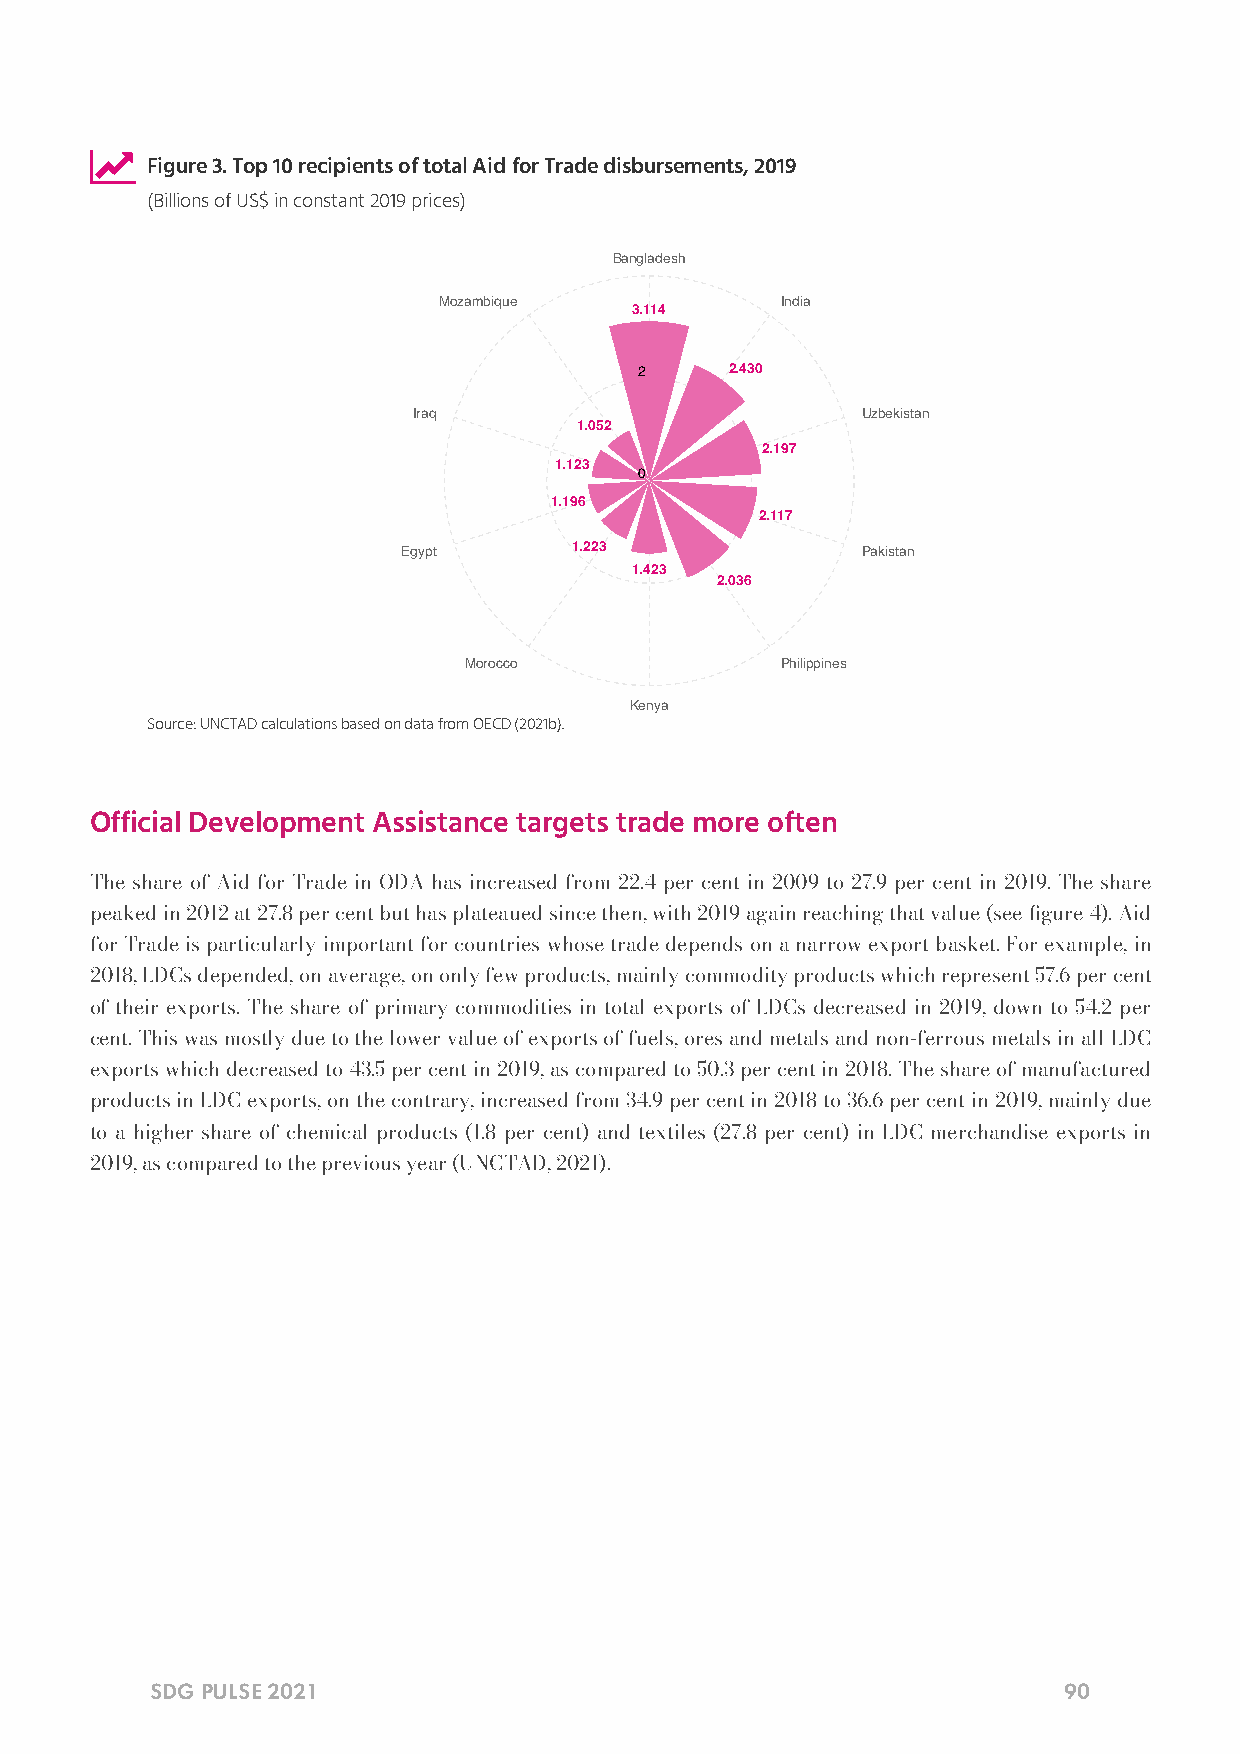

 Figure 3. Top 10 recipients of total Aid for Trade disbursements, 2019
 (Billions of US$ in constant 2019 prices)
 Bangladesh
 Mozambique             India
 3.114
 2     2.430
 Iraq                          Uzbekistan
 1.052
 2.197
 1.123
 0
 1.196
 2.117
 Egypt      1.223              Pakistan
 1.423
 2.036
 Morocco              Philippines
 Kenya
 Source: UNCTAD calculations based on data from OECD (2021b).
 Official Development Assistance targets trade more often
 The share of Aid for Trade in ODA has increased from 22.4 per cent in 2009 to 27.9 per cent in 2019. The share
 peaked in 2012 at 27.8 per cent but has plateaued since then, with 2019 again reaching that value (see gure 4). Aid
 for Trade is particularly important for countries whose trade depends on a narrow export basket. For example, in
 2018, LDCs depended, on average, on only few products, mainly commodity products which represent 57.6 per cent
 of their exports. The share of primary commodities in total exports of LDCs decreased in 2019, down to 54.2 per
 cent. This was mostly due to the lower value of exports of fuels, ores and metals and non-ferrous metals in all LDC
 exports which decreased to 43.5 per cent in 2019, as compared to 50.3 per cent in 2018. The share of manufactured
 products in LDC exports, on the contrary, increased from 34.9 per cent in 2018 to 36.6 per cent in 2019, mainly due
 to a higher share of chemical products (1.8 per cent) and textiles (27.8 per cent) in LDC merchandise exports in
 2019, as compared to the previous year (UNCTAD, 2021).
 SDG PULSE 2021                                              90